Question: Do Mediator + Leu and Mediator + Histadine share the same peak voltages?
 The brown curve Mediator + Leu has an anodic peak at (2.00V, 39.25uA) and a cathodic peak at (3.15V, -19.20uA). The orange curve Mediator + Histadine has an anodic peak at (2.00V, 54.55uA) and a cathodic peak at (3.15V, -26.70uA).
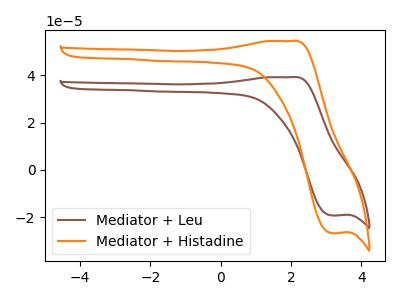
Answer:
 <answer>Yes, "Mediator + Leu" have a peak in "Mediator + Histadine" at the same potential.</answer>
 <eval>match</eval>